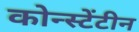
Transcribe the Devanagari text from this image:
कोन्स्टेंटीन